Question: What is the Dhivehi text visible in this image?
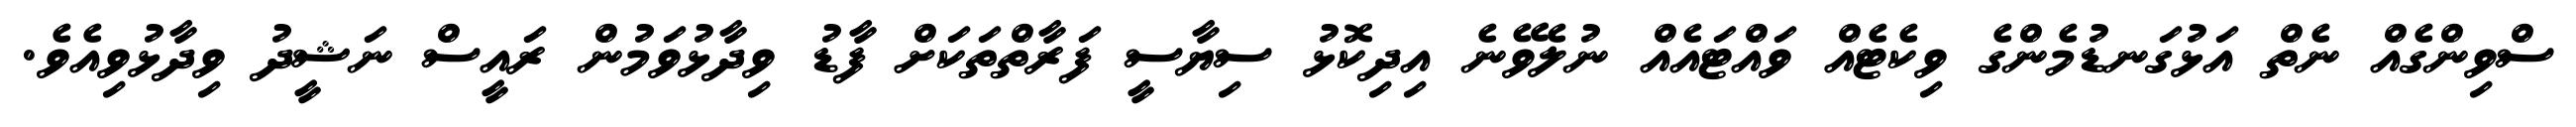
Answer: ސްވިންގެއް ނެތް އަޅުގަނޑުމެންގެ ވިކެޓެއް ވައްޓައެއް ނުލެވޭނެ އިދިކޮޅު ސިޔާސީ ފަރާތްތަކަށް ފާޑު ވިދާޅުވަމުން ރައީސް ނަޝީދު ވިދާޅުވިއެވެ.